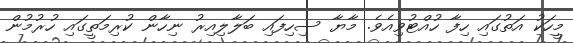
މީހަކު އަތުގައި ހިފާ ހުއްޓުވިއެވެ. މާޔާ ސިހިފައި ބަލާލިއިރު ނިހާން ކުރިމަތީގައި ހުރުމުން